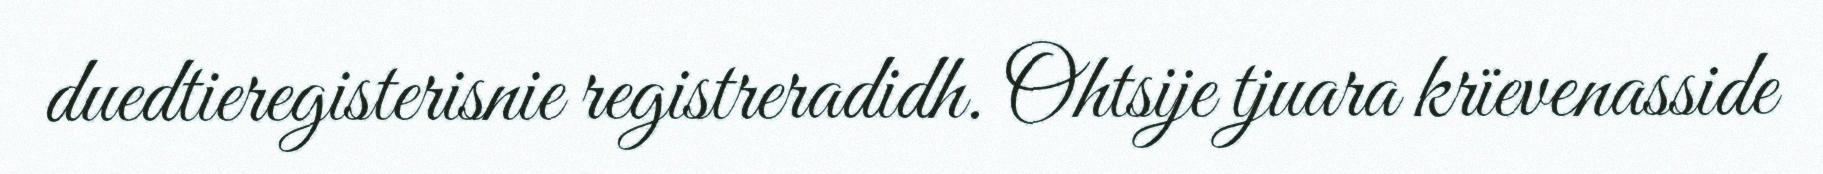
duedtieregisterisnie registreradidh. Ohtsije tjuara krïevenasside